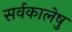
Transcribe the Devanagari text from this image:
सर्वकालेषु